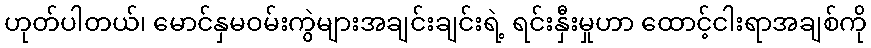
ဟုတ်ပါတယ်၊ မောင်နှမဝမ်းကွဲများအချင်းချင်းရဲ့ ရင်းနှီးမှုဟာ ထောင့်ငါးရာအချစ်ကို